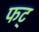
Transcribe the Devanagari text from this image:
फट्